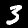
Label: 3